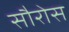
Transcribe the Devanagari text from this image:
सौरोस